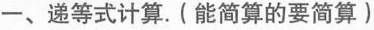
一、递等式计算。(能简算的要简算)